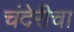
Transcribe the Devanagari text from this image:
चंदेरीचा